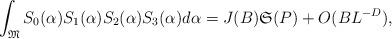
LaTeX: \begin{align*}\int_{\mathfrak{M}}S_0(\alpha)S_1(\alpha)S_2(\alpha)S_3(\alpha)d \alpha=J(B)\mathfrak{S}(P)+O(BL^{-D}),\end{align*}